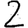
Digit: 2